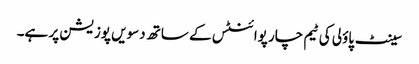
سینٹ پاؤلی کی ٹیم چار پوائنٹس کے ساتھ دسویں پوزیشن پر ہے۔